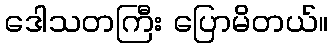
ဒေါသတကြီး ပြောမိတယ်။